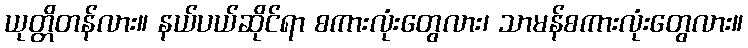
ယုတ္တိတန်လား။ နယ်ပယ်ဆိုင်ရာ စကားလုံးတွေလား၊ သာမန်စကားလုံးတွေလား။